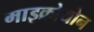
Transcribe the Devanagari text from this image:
माइक्रोयोन